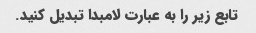
تابع زیر را به عبارت لامبدا تبدیل کنید.